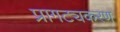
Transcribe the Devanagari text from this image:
प्रागट्यकरण